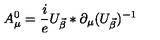
A _ { \mu } ^ { 0 } = \frac { i } { e } U _ { \vec { \beta } } * \partial _ { \mu } ( U _ { \vec { \beta } } ) ^ { - 1 }